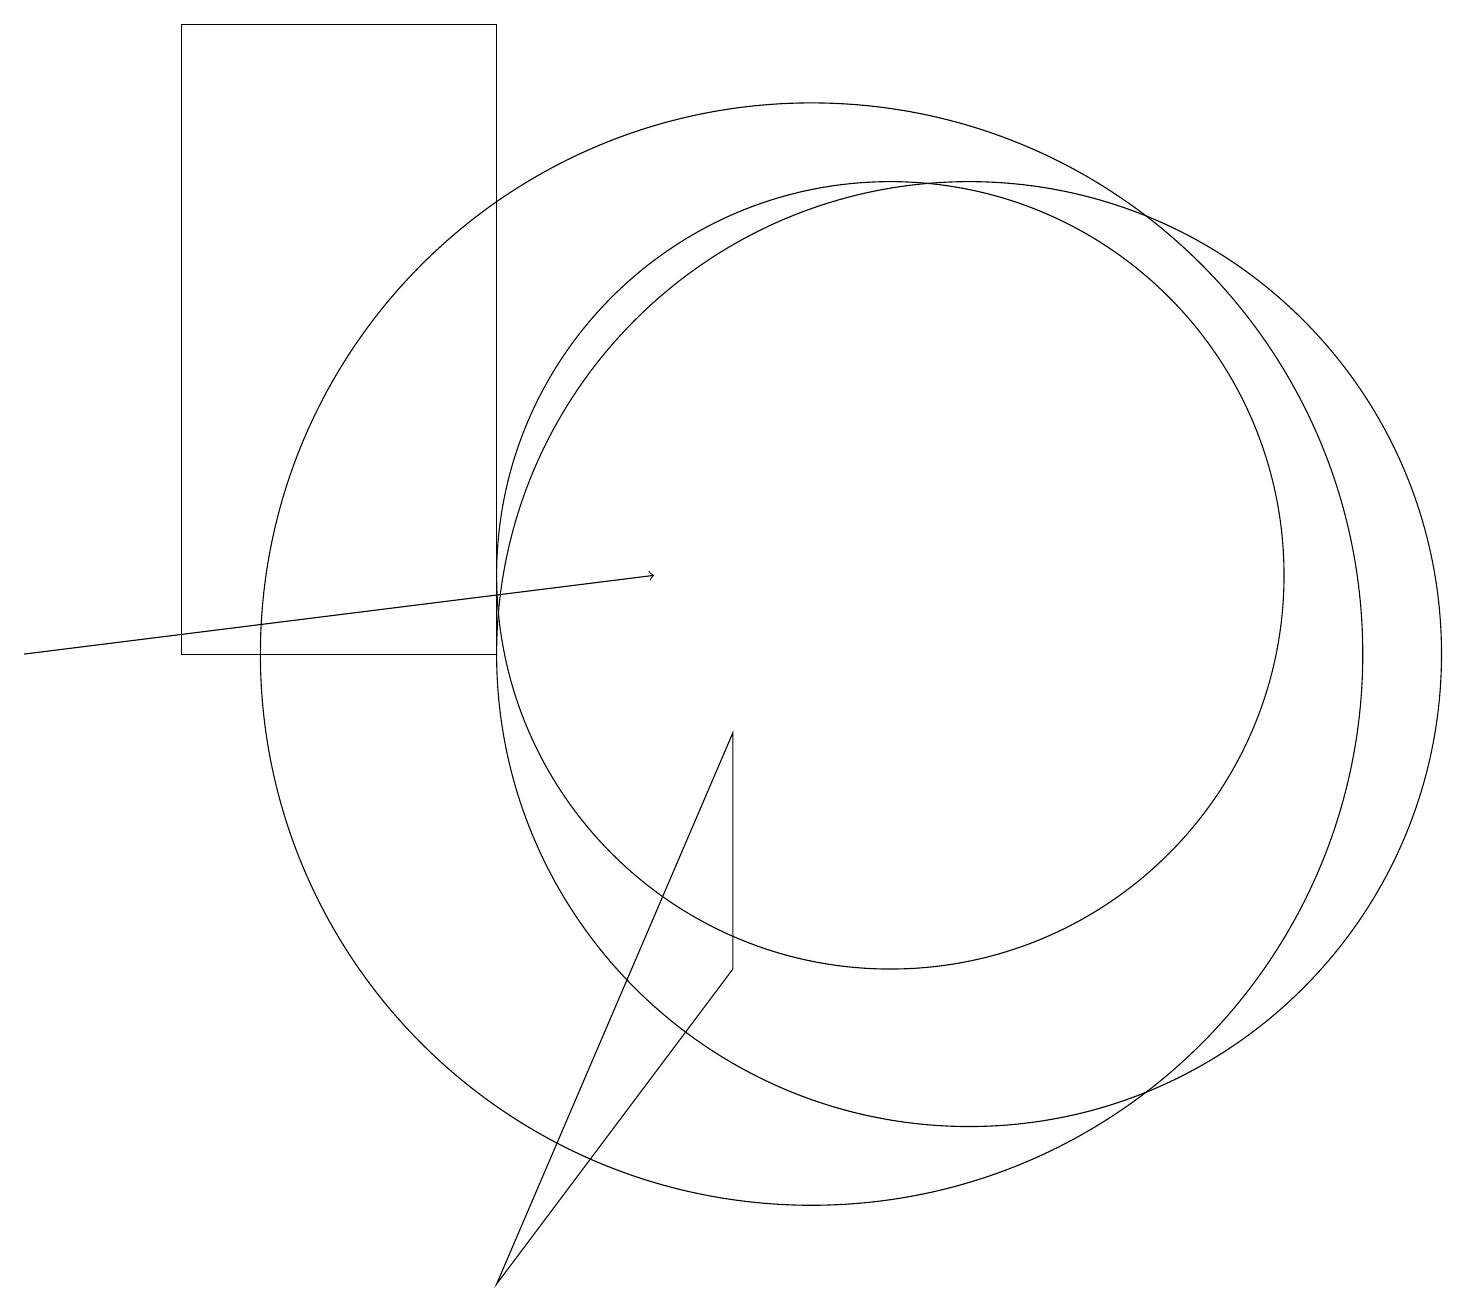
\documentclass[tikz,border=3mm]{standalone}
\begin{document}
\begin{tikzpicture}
\draw[->] (0,10) -- (8,11);
\draw (11,11) circle (5);
\draw (6,18) rectangle (2,10);
\draw (10,10) circle (7);
\draw (9,6) -- (9,9) -- (6,2) -- cycle;
\draw (12,10) circle (6);
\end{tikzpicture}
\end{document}